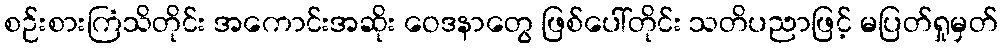
စဉ်းစားကြံသိတိုင်း အကောင်းအဆိုး ဝေဒနာတွေ ဖြစ်ပေါ်တိုင်း သတိပညာဖြင့် မပြတ်ရှုမှတ်